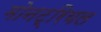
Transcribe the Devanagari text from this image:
मोनट्रियल